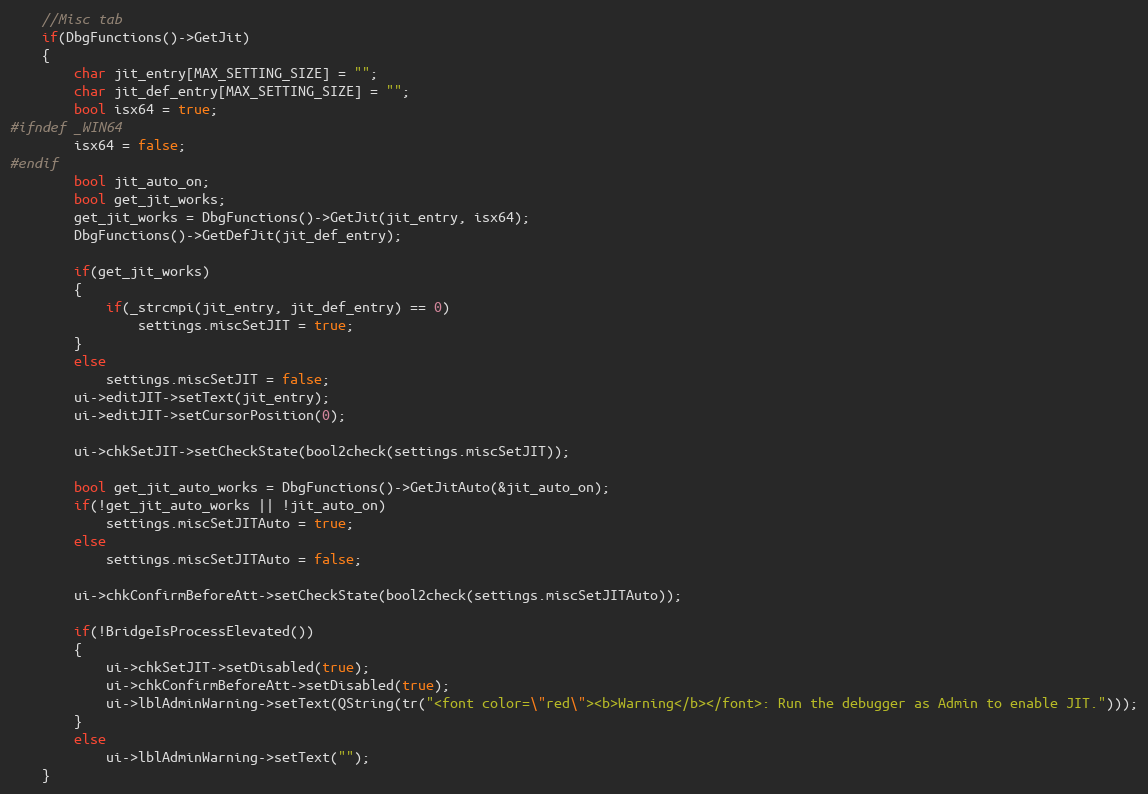
Language: C++
    //Misc tab
    if(DbgFunctions()->GetJit)
    {
        char jit_entry[MAX_SETTING_SIZE] = "";
        char jit_def_entry[MAX_SETTING_SIZE] = "";
        bool isx64 = true;
#ifndef _WIN64
        isx64 = false;
#endif
        bool jit_auto_on;
        bool get_jit_works;
        get_jit_works = DbgFunctions()->GetJit(jit_entry, isx64);
        DbgFunctions()->GetDefJit(jit_def_entry);

        if(get_jit_works)
        {
            if(_strcmpi(jit_entry, jit_def_entry) == 0)
                settings.miscSetJIT = true;
        }
        else
            settings.miscSetJIT = false;
        ui->editJIT->setText(jit_entry);
        ui->editJIT->setCursorPosition(0);

        ui->chkSetJIT->setCheckState(bool2check(settings.miscSetJIT));

        bool get_jit_auto_works = DbgFunctions()->GetJitAuto(&jit_auto_on);
        if(!get_jit_auto_works || !jit_auto_on)
            settings.miscSetJITAuto = true;
        else
            settings.miscSetJITAuto = false;

        ui->chkConfirmBeforeAtt->setCheckState(bool2check(settings.miscSetJITAuto));

        if(!BridgeIsProcessElevated())
        {
            ui->chkSetJIT->setDisabled(true);
            ui->chkConfirmBeforeAtt->setDisabled(true);
            ui->lblAdminWarning->setText(QString(tr("<font color=\"red\"><b>Warning</b></font>: Run the debugger as Admin to enable JIT.")));
        }
        else
            ui->lblAdminWarning->setText("");
    }